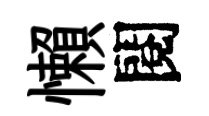
懶閱